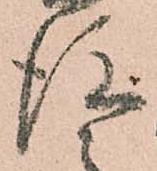
後